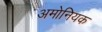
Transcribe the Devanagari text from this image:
अमोनियक